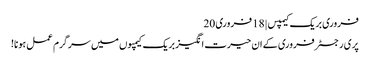
فروری بریک کیمپس | 18 فروری 20
پری رجسٹر فروری کے ان حیرت انگیز بریک کیمپوں میں سرگرم عمل ہونا!